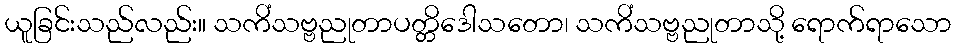
ယူခြင်းသည်လည်း။ သကိံသဗ္ဗညုတာပတ္တိဒေါသတော၊ သကိံသဗ္ဗညုတာသို့ ရောက်ရာသော